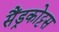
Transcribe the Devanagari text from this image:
सैंड्रकोट्टस